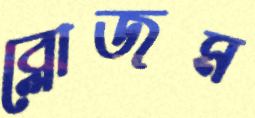
ব্লোজম